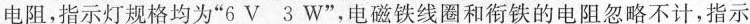
电阻，指示灯规格均为”6V 3W”，电磁铁线圈和衔铁的电阻忽略不计，指示